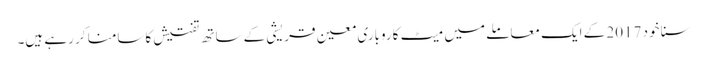
سنا خود 2017 کے ایک معاملے میں میٹ کاروباری معین قریشی کے ساتھ تفتیش کاسامنا کر رہے ہیں۔